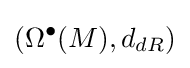
(\Omega ^{\bullet }(M),d_{dR})